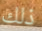
ذلك